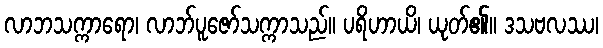
လာဘသက္ကာရော၊ လာဘ်ပူဇော်သက္ကာသည်။ ပရိဟာယိ၊ ယုတ်၏။ ဒသဗလဿ၊